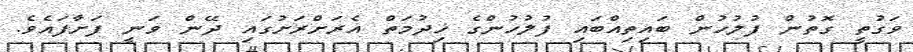
ވަގުތީ ގޮތުން ފުލުހުން ބައިތިއްބައި ފުލުހުންގެ ޚިދުމަތް އެރަށްރަށުގައި ދޭން ވަނީ ފަށާފައެވެ.